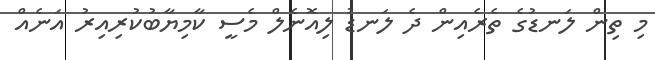
މި ތިން ލަނޑުގެ ތެރެއިން ދެ ލަނޑު ލިއޮނެލް މެސީ ކާމިޔާބުކުރިއިރު އަނެއް